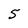
Character: 5